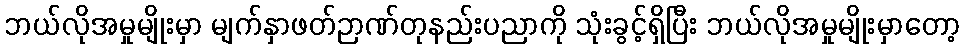
ဘယ်လိုအမှုမျိုးမှာ မျက်နှာဖတ်ဉာဏ်တုနည်းပညာကို သုံးခွင့်ရှိပြီး ဘယ်လိုအမှုမျိုးမှာတော့